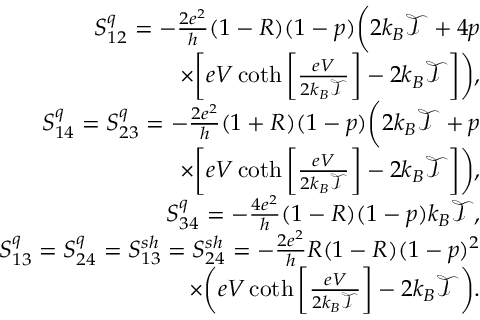
\begin{array} { r } { S _ { 1 2 } ^ { q } = - \frac { 2 e ^ { 2 } } { h } ( 1 - R ) ( 1 - p ) \bigg ( 2 k _ { B } \mathcal { T } + 4 p } \\ { \times \bigg [ e V \coth \left[ \frac { e V } { 2 k _ { B } \mathcal { T } } \right] - 2 k _ { B } \mathcal { T } \bigg ] \bigg ) , } \\ { S _ { 1 4 } ^ { q } = S _ { 2 3 } ^ { q } = - \frac { 2 e ^ { 2 } } { h } ( 1 + R ) ( 1 - p ) \bigg ( 2 k _ { B } \mathcal { T } + p } \\ { \times \bigg [ e V \coth \left[ \frac { e V } { 2 k _ { B } \mathcal { T } } \right] - 2 k _ { B } \mathcal { T } \bigg ] \bigg ) , } \\ { S _ { 3 4 } ^ { q } = - \frac { 4 e ^ { 2 } } { h } ( 1 - R ) ( 1 - p ) k _ { B } \mathcal { T } , } \\ { S _ { 1 3 } ^ { q } = S _ { 2 4 } ^ { q } = { S _ { 1 3 } ^ { s h } = S _ { 2 4 } ^ { s h } } = - \frac { 2 e ^ { 2 } } { h } R ( 1 - R ) ( 1 - p ) ^ { 2 } } \\ { \times \bigg ( e V \coth \left[ \frac { e V } { 2 k _ { B } \mathcal { T } } \right] - 2 k _ { B } \mathcal { T } \bigg ) . } \end{array}